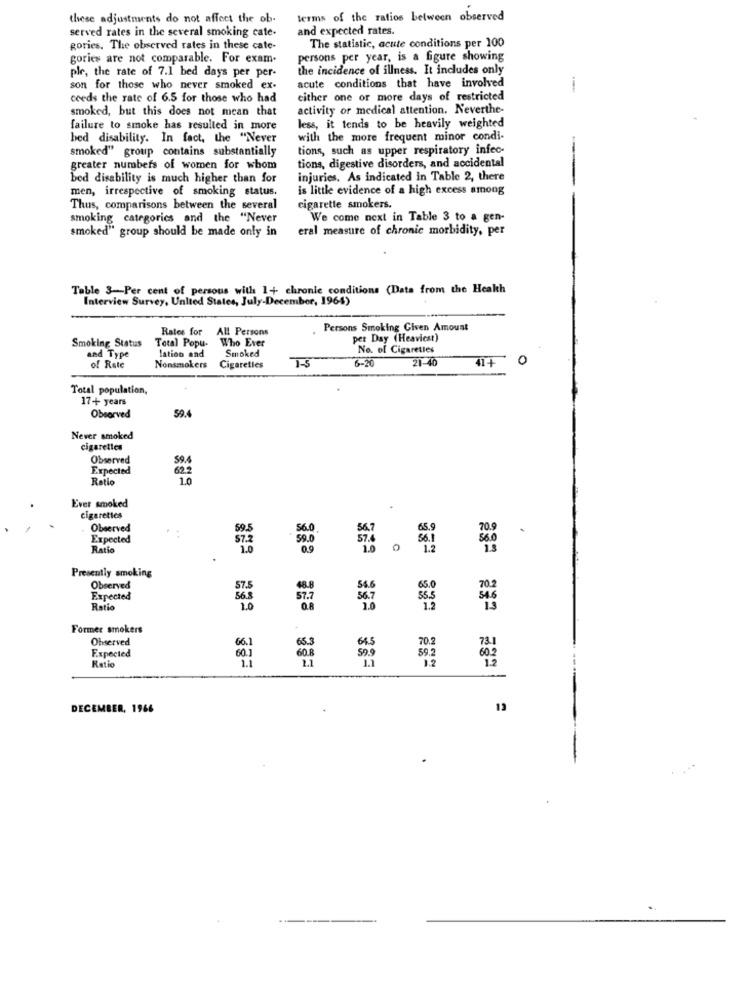
these adjustments do not affect the ob.
terms of the ratios between observed
served rates in the several smoking cate-
and expected rates.
The statistic, acute conditions per 100
gories. The observed rates in these cate-
gories are not comparable. For exam.
persons per year, is a figure showing
ple, the rate of 7.1 bed days per per-
the incidence of illness. It includes only
son for those who never smoked ex-
acute conditions that have involved
coeds the rate of 6.5 for those who had
either one or more days of restricted
smoked, but this does not mean that
activity or medical attention. Neverthe-
failure to smoke has resulted in more
less, it tends to be heavily weighted
hed disability. In fact, the "Never
with the more frequent minor condi-
smoked" group contains substantially
tions, such as upper respiratory infec-
greater numbers of women for whom
tions, digestive disorders, and accidental
bed disability is much higher than for
injuries. As indicated in Table 2, there
men, irrespective of smoking status.
is little evidence of a high excess among
Thus, comparisons between the several
cigarette smokers.
smoking categories and the "Never
We come next in Table 3 to a gen-
smoked" group should be made only in
eral measure of chronic morbidity, per
Table 3-Per cent of persons with 1+ chronie conditions (Data from the Health
Interview Survey, United States, July-December, 1964)
Rates for All Persons
Persons Smoking Given Amount
Smoking Status
Total Popu-
Who Ever
per Day (Heavicat)
Smoked
No. of Cigarettes
and Type
lation and
6-20
21-40
0
of Rate
Nonsmokers
Cigaretles
Total population,
17+ years
524
Observed
Never smoked
cigarettes
Observed
59.4
Expected
62.2
Ratio
10
Ever smoked
cigarettes
Observed
59.5
56.7
70 g
.
Expected
57.2
59.0
Ratio
C
$60
Presently smoking
Observed
57.5
48.8
54.6
65.0
Expected
56.5
57.7
36.7
55.5
Roïía
1.0
232 237
Former smokers
Observed
70.2
6.1
64.5
Expected
59.2
12
Ratio
DECEMBER, 1966
13